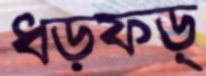
ধড়ফড়্